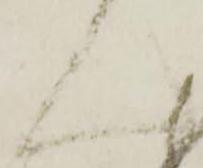
ん